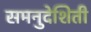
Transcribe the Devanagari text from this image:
समनुदेशिती